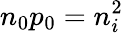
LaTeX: n_{0}p_{0}=n_{i}^{2}